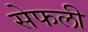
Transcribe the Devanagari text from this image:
सेफली